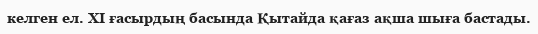
келген ел. XI ғасырдың басында Қытайда қағаз ақша шыға бастады.